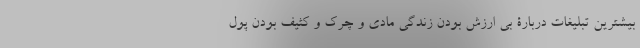
بیشترین تبلیغات دربارۀ بی ارزش بودن زندگی مادی و چرک و کثیف بودن پول